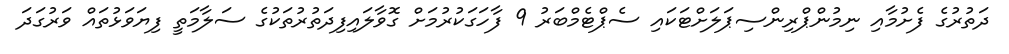
ދަތުރުގެ ފެށުމާއި ނިމުންޕްރިންސިޕަލަށްޓަކައި ސެޕްޓެމްބަރު 9 ފާހަގަކުރުމަށް ގޮވާލައިފިދަތުރުތަކުގެ ސަލާމަތީ ފިޔަވަޅުތައް ވަރުގަދަ